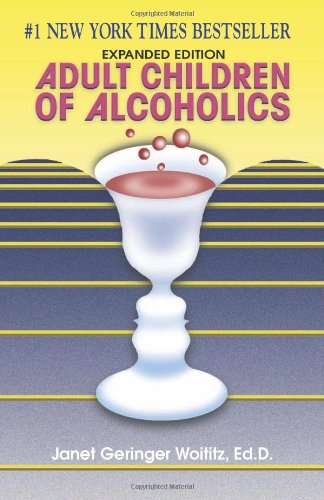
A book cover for Adult Children of Alcoholics; Janet G. Woititz; Self-Help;